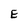
Character: E